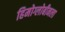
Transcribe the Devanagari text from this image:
हिमोग्लोबीनला